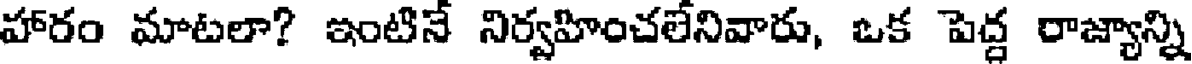
హారం మాటలా? ఇంటినే నిర్వహించలేనివారు, ఒక పెద్ద రాజ్యాన్ని